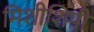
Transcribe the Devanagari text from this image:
मिशीशिपी